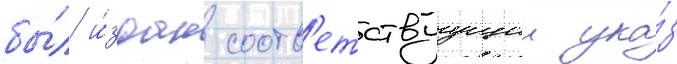
бы́л и́здан соотв'етствуущии ука́з